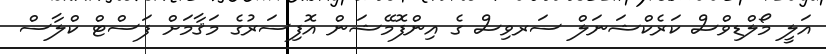
އަލީ މޯލްޑިވްސް ކަރެކްޝަނަލް ސަރވިސް ގެ އިންފޮމޭޝަން އޮފިސަރުގެ މަޤާމަށް ފަސްޓް ކްލާސް